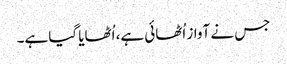
جس نے آواز اُٹھائی ہے، اُٹھایا گیا ہے۔